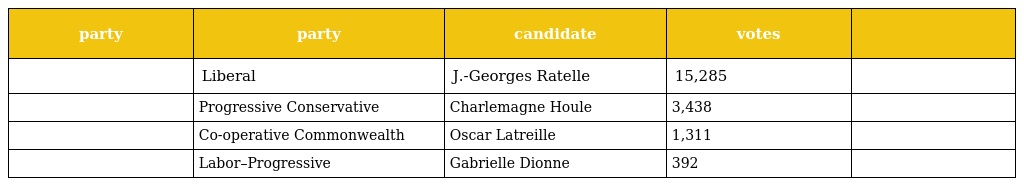
| party | party | candidate | votes |  |
 | --- | --- | --- | --- | --- |
 |  | Liberal | J.-Georges Ratelle | 15,285 |  |
 |  | Progressive Conservative | Charlemagne Houle | 3,438 |  |
 |  | Co-operative Commonwealth | Oscar Latreille | 1,311 |  |
 |  | Labor–Progressive | Gabrielle Dionne | 392 |  |